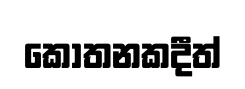
කොතනකදීත්